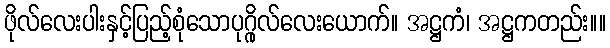
ဖိုလ်လေးပါးနှင့်ပြည့်စုံသောပုဂ္ဂိုလ်လေးယောက်။ အဋ္ဌကံ၊ အဋ္ဌကတည်း။။